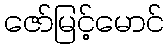
ဇော်မြင့်မောင်